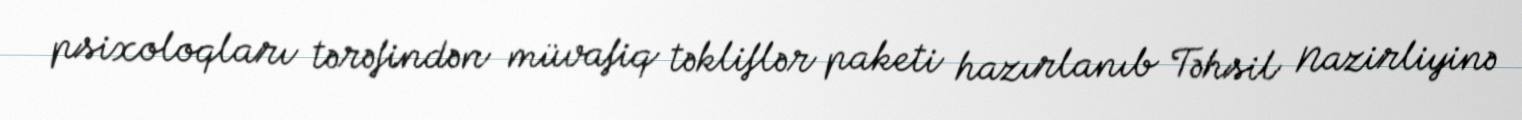
psixoloqları tərəfindən müvafiq təkliflər paketi hazırlanıb Təhsil Nazirliyinə